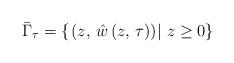
LaTeX: \begin{align*}\bar{\Gamma}_{\tau}=\left\{ \left.\left(z,\,\hat{w}\left(z,\,\tau\right)\right)\right|\,z\geq0\right\} \end{align*}